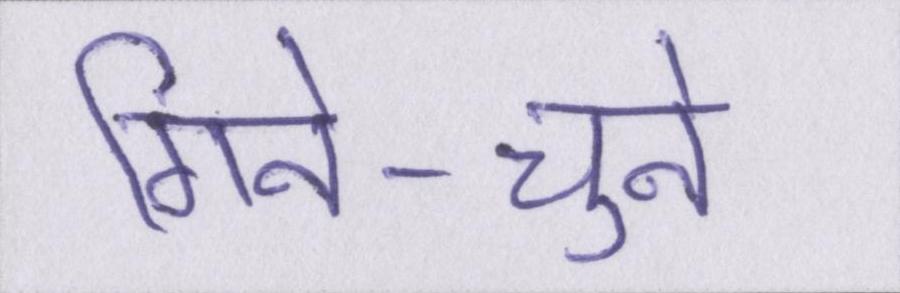
गिने-चुने